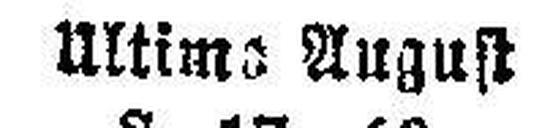
Ultimo August